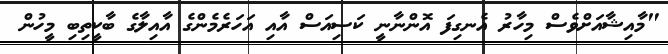
"މާއިޝާއަށްވެސް މިހާރު އެނގިފަ އޮންނާނީ ކަސިއަސް އާއި އަހަރެމެންގެ އާއިލާގެ ބާކީތިބި މީހުން